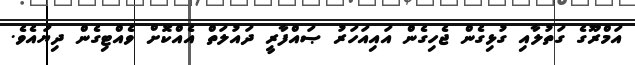
އަމްރޫގެ ގަތުލާއި ގުޅިގެން ޖެހިގެން އައިއަހަރު ޞައްފާރީ ދައުލަތް އެއްކޮށް ވެއްޓިގެން ދިޔައެވެ.